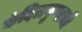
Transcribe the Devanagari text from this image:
कंदिलपुष्पाची